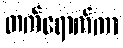
တက်ရောက်ကာ